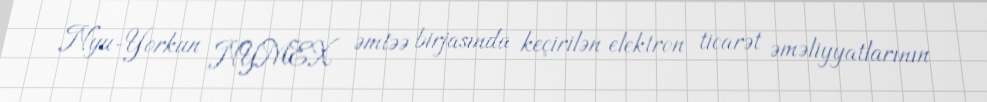
Nyu-Yorkun NYMEX əmtəə birjasında keçirilən elektron ticarət əməliyyatlarının